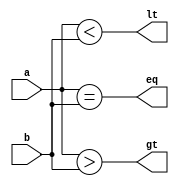
module comp8(a,b,gt,eq,lt);
	
	parameter Data_bits =8;
	
	input [Data_bits-1:0] a,b;
	output gt,eq,lt;
	
	assign gt =(a>b);
	assign lt = (a<b);
	assign eq=(a==b);
	
endmodule